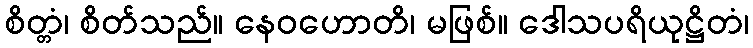
စိတ္တံ၊ စိတ်သည်။ နေဝဟောတိ၊ မဖြစ်။ ဒေါသပရိယုဋ္ဌိတံ၊